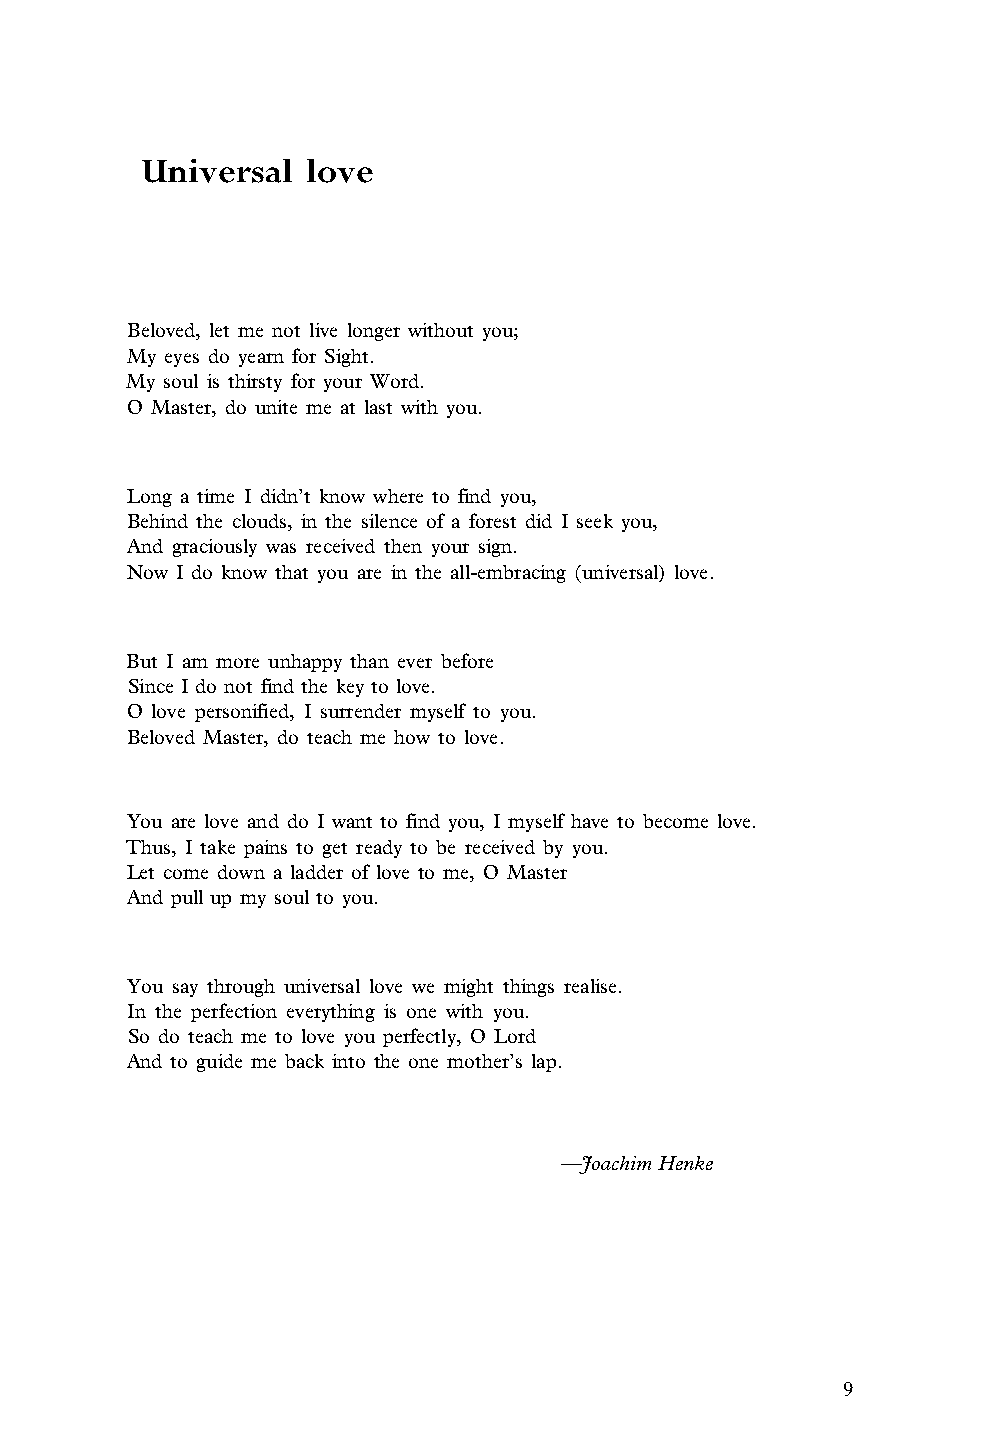
Universal  love
 Beloved, let me not live longer without you;
 My eyes do yearn for Sight.
 My soul is thirsty for your Word.
 O Master, do unite me at last with you.
 Long a time I didn’t know where to find you,
 Behind the clouds, in the silence of a forest did I seek you,
 And graciously was received then your sign.
 Now I do know that you are in the all-embracing (universal) love.
 But I am more unhappy than ever before
 Since I do not find the key to love.
 O love personified, I surrender myself to you.
 Beloved Master, do teach me how to love.
 You are love and do I want to find you, I myself have to become love.
 Thus, I take pains to get ready to be received by you.
 Let come down a ladder of love to me, O Master
 And pull up my soul to you.
 You say through universal love we might things realise.
 In the perfection everything is one with you.
 So do teach me to love you perfectly, O Lord
 And to guide me back into the one mother’s lap.
 —Joachim Henke
 9